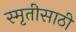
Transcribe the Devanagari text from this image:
स्मृतीसाठी